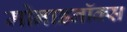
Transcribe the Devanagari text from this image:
मोनाडनॉक्स